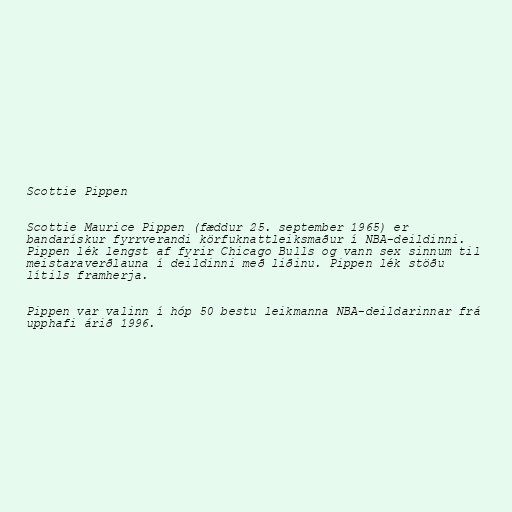
Scottie Pippen

Scottie Maurice Pippen (fæddur 25. september 1965) er
bandarískur fyrrverandi körfuknattleiksmaður í NBA-deildinni.
Pippen lék lengst af fyrir Chicago Bulls og vann sex sinnum til
meistaraverðlauna í deildinni með liðinu. Pippen lék stöðu
lítils framherja.

Pippen var valinn í hóp 50 bestu leikmanna NBA-deildarinnar frá
upphafi árið 1996.